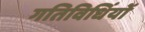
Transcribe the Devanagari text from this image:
गतिविधिंयों